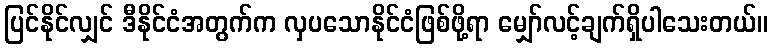
ပြင်နိုင်လျှင် ဒီနိုင်ငံအတွက်က လှပသောနိုင်ငံဖြစ်ဖို့ရာ မျှော်လင့်ချက်ရှိပါသေးတယ်။